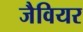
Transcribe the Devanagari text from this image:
जैवियर